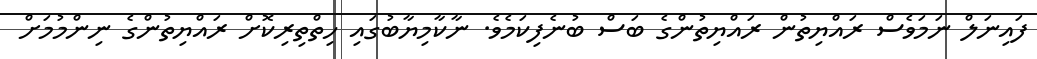
ފައިނަލް ނަމަވެސް ރައްޔިތުން ރައްޔިތުންގެ ބަސް ބުނެފިކަމެވެ. ނާކާމިޔާބުގައި ހިތްތިރިކޮށް ރައްޔިތުންގެ ނިންމުމަށް